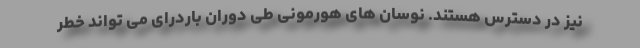
نیز در دسترس هستند. نوسان های هورمونی طی دوران باردرای می تواند خطر